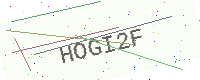
Text: HOGI2F